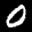
Label: 0